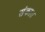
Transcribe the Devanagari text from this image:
संका।।